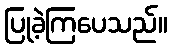
ပြုခဲ့ကြပေသည်။